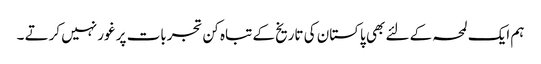
ہم ایک لمحہ کے لئے بھی پاکستان کی تاریخ کے تباہ کن تجربات پر غور نہیں کرتے ۔